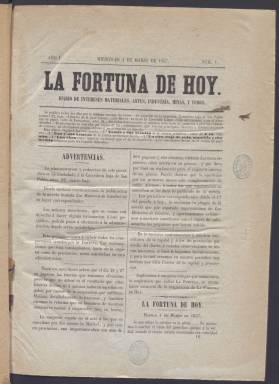
Título: La Fortuna de hoy
Colección: Revistas de información general
Ámbito geográfico: Madrid
Lugar de publicación: Madrid
Fechas: 04/03/1857-23/07/1857